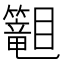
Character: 𬕾